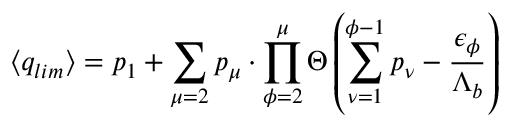
\langle q _ { l i m } \rangle = p _ { 1 } + \sum _ { \mu = 2 } p _ { \mu } \cdot \prod _ { \phi = 2 } ^ { \mu } \Theta \left( \sum _ { \nu = 1 } ^ { \phi - 1 } p _ { \nu } - \frac { { \epsilon } _ { \phi } } { { \Lambda } _ { b } } \right)